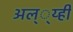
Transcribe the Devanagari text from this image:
अल््य्ही